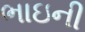
ભાઇની